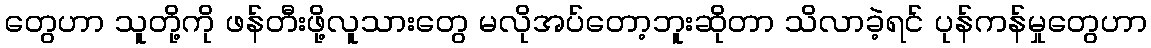
တွေဟာ သူတို့ကို ဖန်တီးဖို့လူသားတွေ မလိုအပ်တော့ဘူးဆိုတာ သိလာခဲ့ရင် ပုန်ကန်မှုတွေဟာ